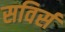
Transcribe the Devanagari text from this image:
सविर्स